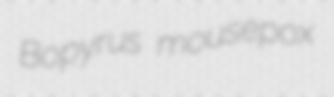
Bopyrus mousepox